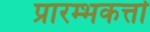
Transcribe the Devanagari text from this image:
प्रारम्भकर्त्ता